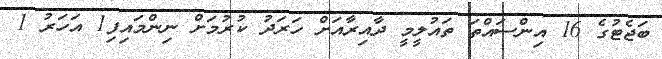
ބަޖެޓުގެ 16 އިންސައްތަ ތައުލީމީ ދާއިރާއަށް ހަރަދު ކުރުމަށް ނިންމައިފި1 އަހަރު 1